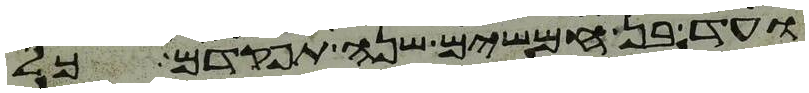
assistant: ועד בן חמשים שנה תפקדם כל